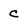
Character: C